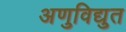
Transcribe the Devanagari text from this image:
अणुविद्युत